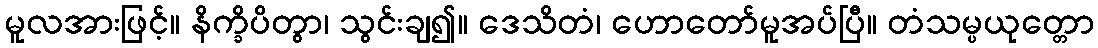
မူလအားဖြင့်။ နိက္ခိပိတွာ၊ သွင်းချ၍။ ဒေသိတံ၊ ဟောတော်မူအပ်ပြီ။ တံသမ္ပယုတ္တော